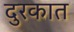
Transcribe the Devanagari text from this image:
दुरकात